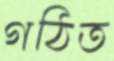
গঠিত